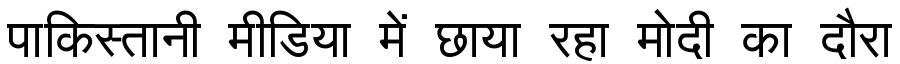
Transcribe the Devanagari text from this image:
पाकिस्तानी मीडिया में छाया रहा मोदी का दौरा